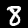
Label: 8